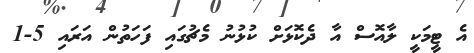
އެ ޓީމަކީ ލާއޮސް އާ ދެކޮޅަށް ކުޅުނު މެޗުގައި ފަހަތުން އަރައި 5-1